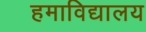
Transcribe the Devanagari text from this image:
हमाविद्यालय